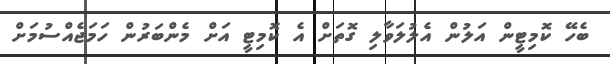
ބެހޭ ކޮމިޓީން އަލުން އެލުލަވާލި ގޮތަށް އެ ކޮމިޓީ އަށް މެންބަރުން ހަމަޖެއްސުމަށް